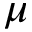
\mu